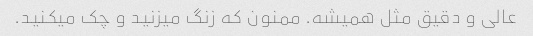
عالی و دقیق مثل همیشه. ممنون که زنگ میزنید و چک میکنید.